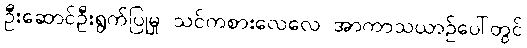
ဦးဆောင်ဦးရွက်ပြုမှု သင်ကစားလေလေ အာကာသယာဉ်ပေါ်တွင်